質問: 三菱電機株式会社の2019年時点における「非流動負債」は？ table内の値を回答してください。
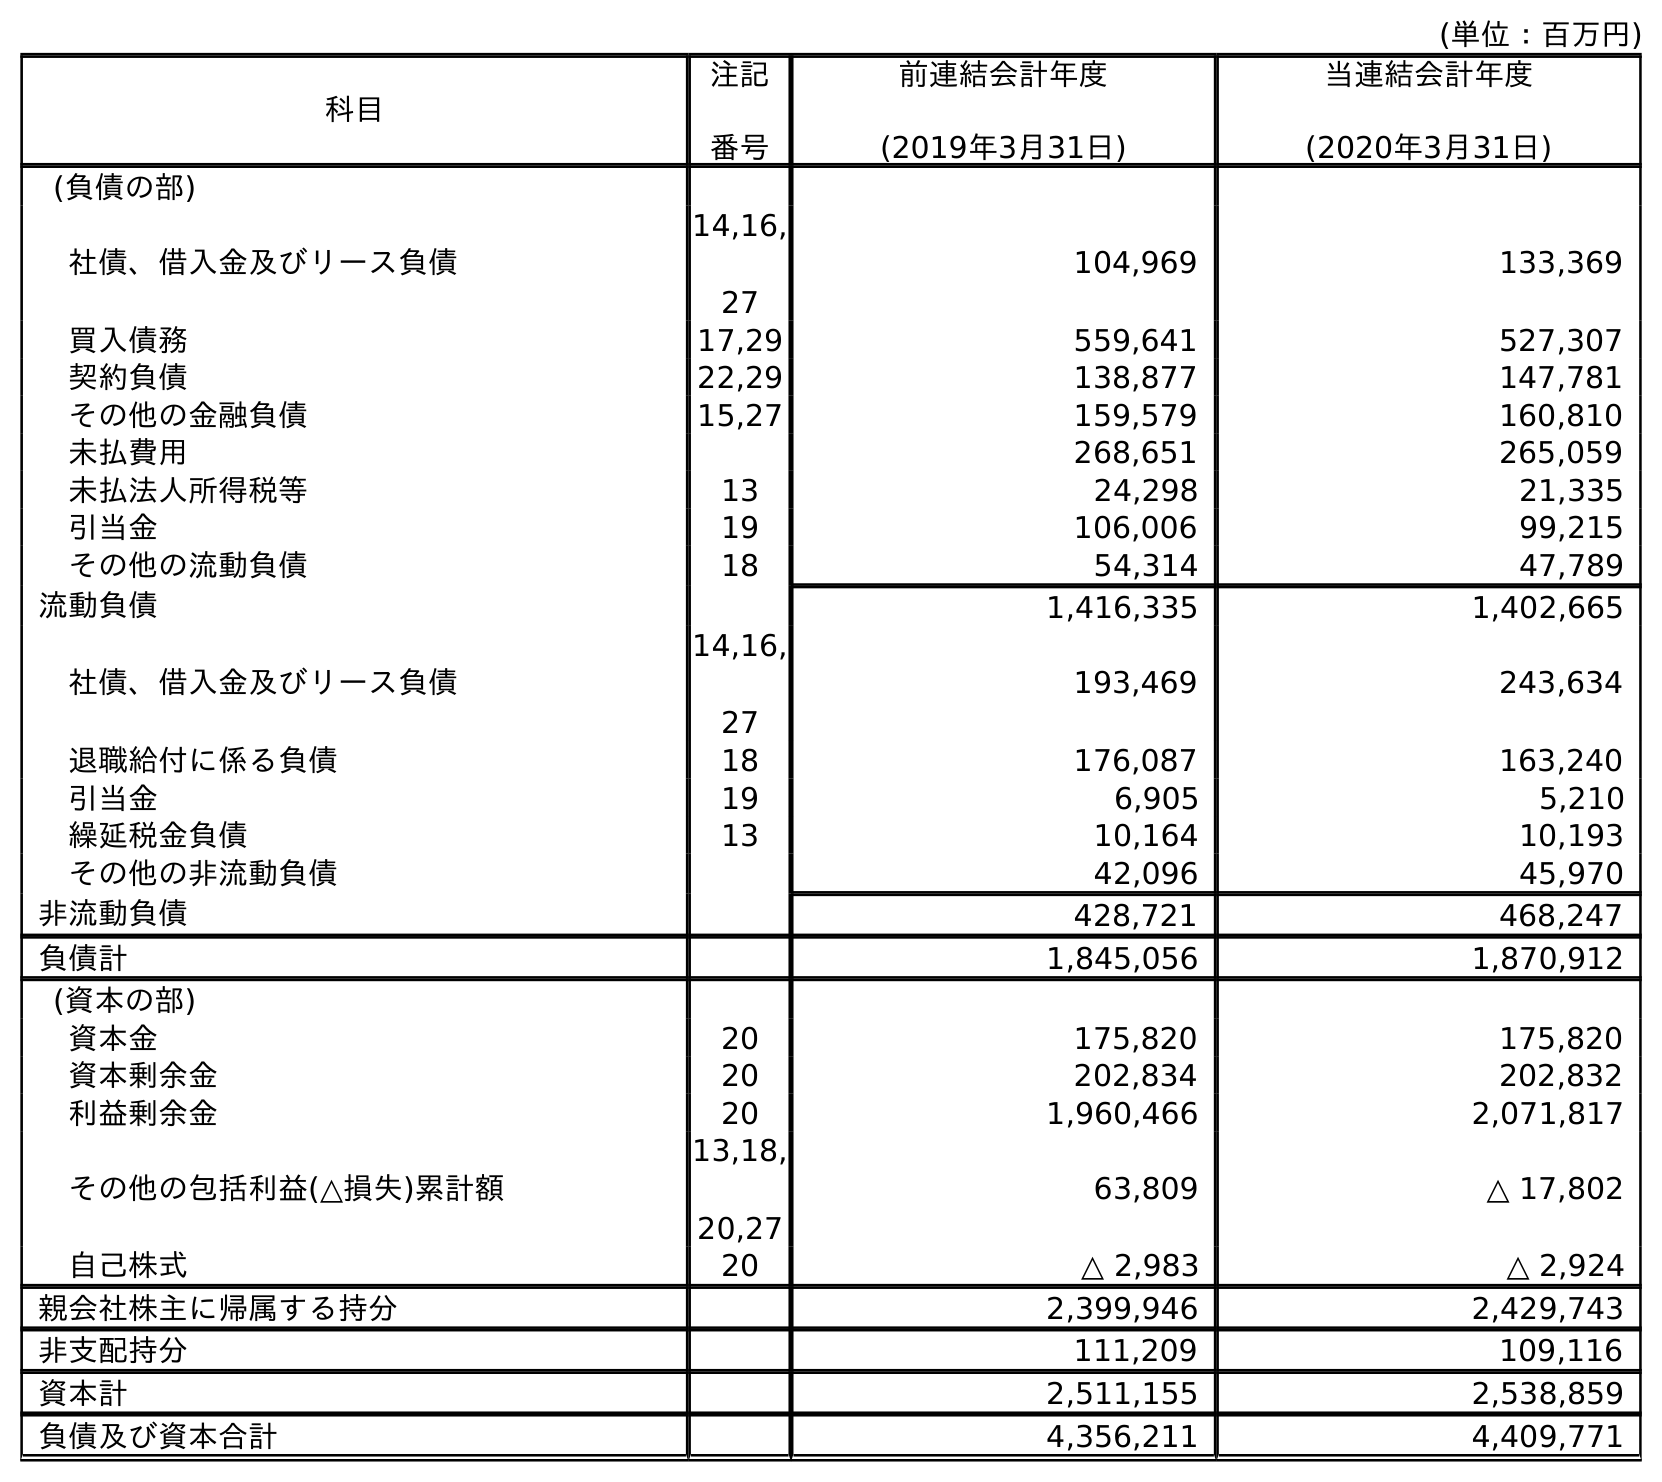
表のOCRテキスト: (単位：百万円) 科目 注記 番号 前連結会計年度 (2019年3月31日) 当連結会計年度 (2020年3月31日) (負債の部) 社債、借入金及びリース負債 14,16, 27 104,969 133,369 買入債務 17,29 559,641 527,307 契約負債 22,29 138,877 147,781 その他の金融負債 15,27 159,579 160,810 未払費用 268,651 265,059 未払法人所得税等 13 24,298 21,335 引当金 19 106,006 99,215 その他の流動負債 18 54,314 47,789 流動負債 1,416,335 1,402,665 社債、借入金及びリース負債 14,16, 27 193,469 243,634 退職給付に係る負債 18 176,087 163,240 引当金 19 6,905 5,210 繰延税金負債 13 10,164 10,193 その他の非流動負債 42,096 45,970 非流動負債 428,721 468,247 負債計 1,845,056 1,870,912 (資本の部) 資本金 20 175,820 175,820 資本剰余金 20 202,834 202,832 利益剰余金 20 1,960,466 2,071,817 その他の包括利益(△損失)累計額 13,18, 20,27 63,809 △ 17,802 自己株式 20 △ 2,983 △ 2,924 親会社株主に帰属する持分 2,399,946 2,429,743 非支配持分 111,209 109,116 資本計 2,511,155 2,538,859 負債及び資本合計 4,356,211 4,409,771
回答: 428,721